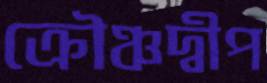
ক্রৌঞ্চদ্বীপ